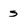
Character: s